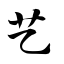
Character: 艺